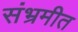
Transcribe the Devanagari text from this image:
संभ्रमीत